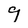
Character: 9